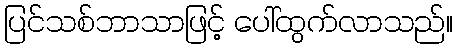
ပြင်သစ်ဘာသာဖြင့် ပေါ်ထွက်လာသည်။